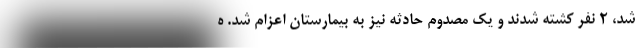
شد، ۲ نفر کشته شدند و یک مصدوم حادثه نیز به بیمارستان اعزام شد. ه